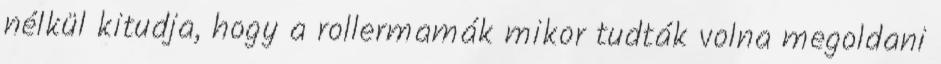
nélkül kitudja, hogy a rollermamák mikor tudták volna megoldani